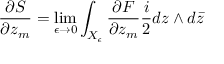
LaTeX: \frac { \partial S } { \partial z _ { m } } = \operatorname * { l i m } _ { \epsilon \rightarrow 0 } \int _ { X _ { \epsilon } } \frac { \partial F } { \partial z _ { m } } \frac { i } { 2 } d z \wedge d \bar { z }